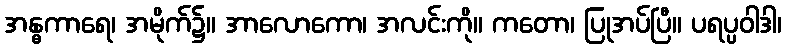
အန္ဓကာရေ၊ အမိုက်၌။ အာလောကော၊ အလင်းကို။ ကတော၊ ပြုအပ်ပြီ။ ပရပ္ပဝါဒါ၊